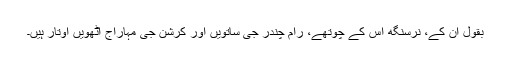
بقول ان کے، نرسنگھ اس کے چوتھے، رام چندر جی ساتویں اور کرشن جی مہاراج آٹھویں اوتار ہیں۔